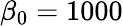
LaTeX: \beta_{0}=1000